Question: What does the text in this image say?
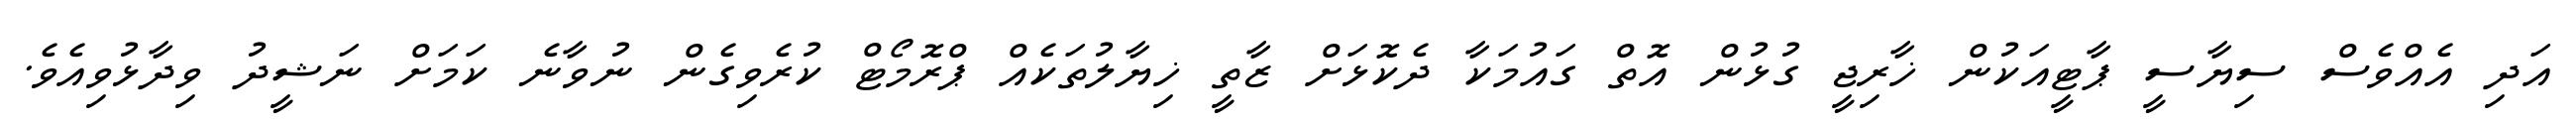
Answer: އަދި އެއްވެސް ސިޔާސީ ޕާޓީއަކުން ޚާރިޖީ ގުޅުން އޮތް ގައުމަކާ ދެކޮޅަށް ޒާތީ ޚިޔާލުތަކެއް ޕްރޮމޯޓް ކުރެވިގެން ނުވާނެ ކަމަށް ނަޝީދު ވިދާޅުވިއެވެ.